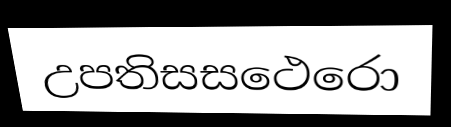
උපතිසසථෙරො